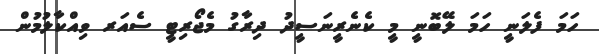
ހަމަ ފެލަނީ ހަމަ ލޭބޮނީ މީ ކެނެރީނަސީދު ދިރާގު މެޖޯރިޓީ ސެއަރ ވިއްކާލުމުން